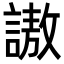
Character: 謸